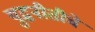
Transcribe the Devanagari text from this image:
युद्धनीतीचे